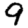
Digit: 9